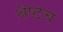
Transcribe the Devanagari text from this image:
श्रेष्ठच